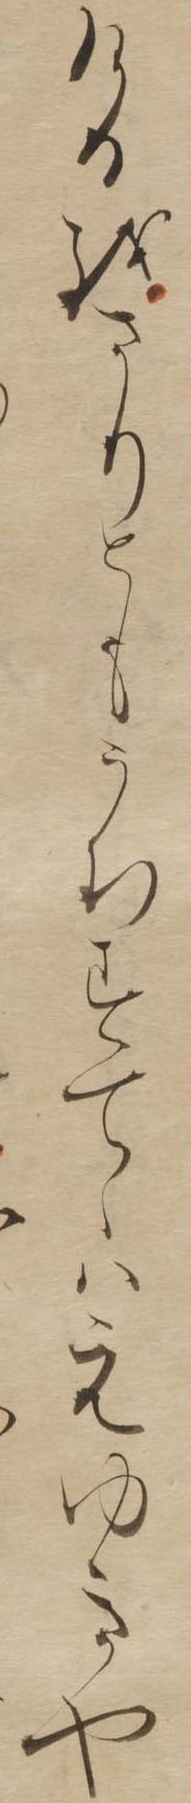
けるをさりともうちすてゝはえゆきや